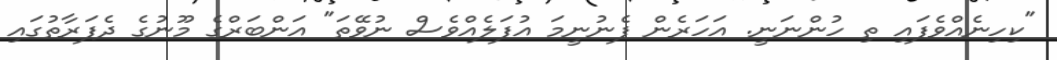
"ކިހިނެއްވެފައި ތި ހުންނަނީ. އަހަރެން ފެނުނީމަ އުފަލެއްވެސް ނުވޭތަ" އަންބަރްގެ މޫނުގެ ދެފަރާތުގައި